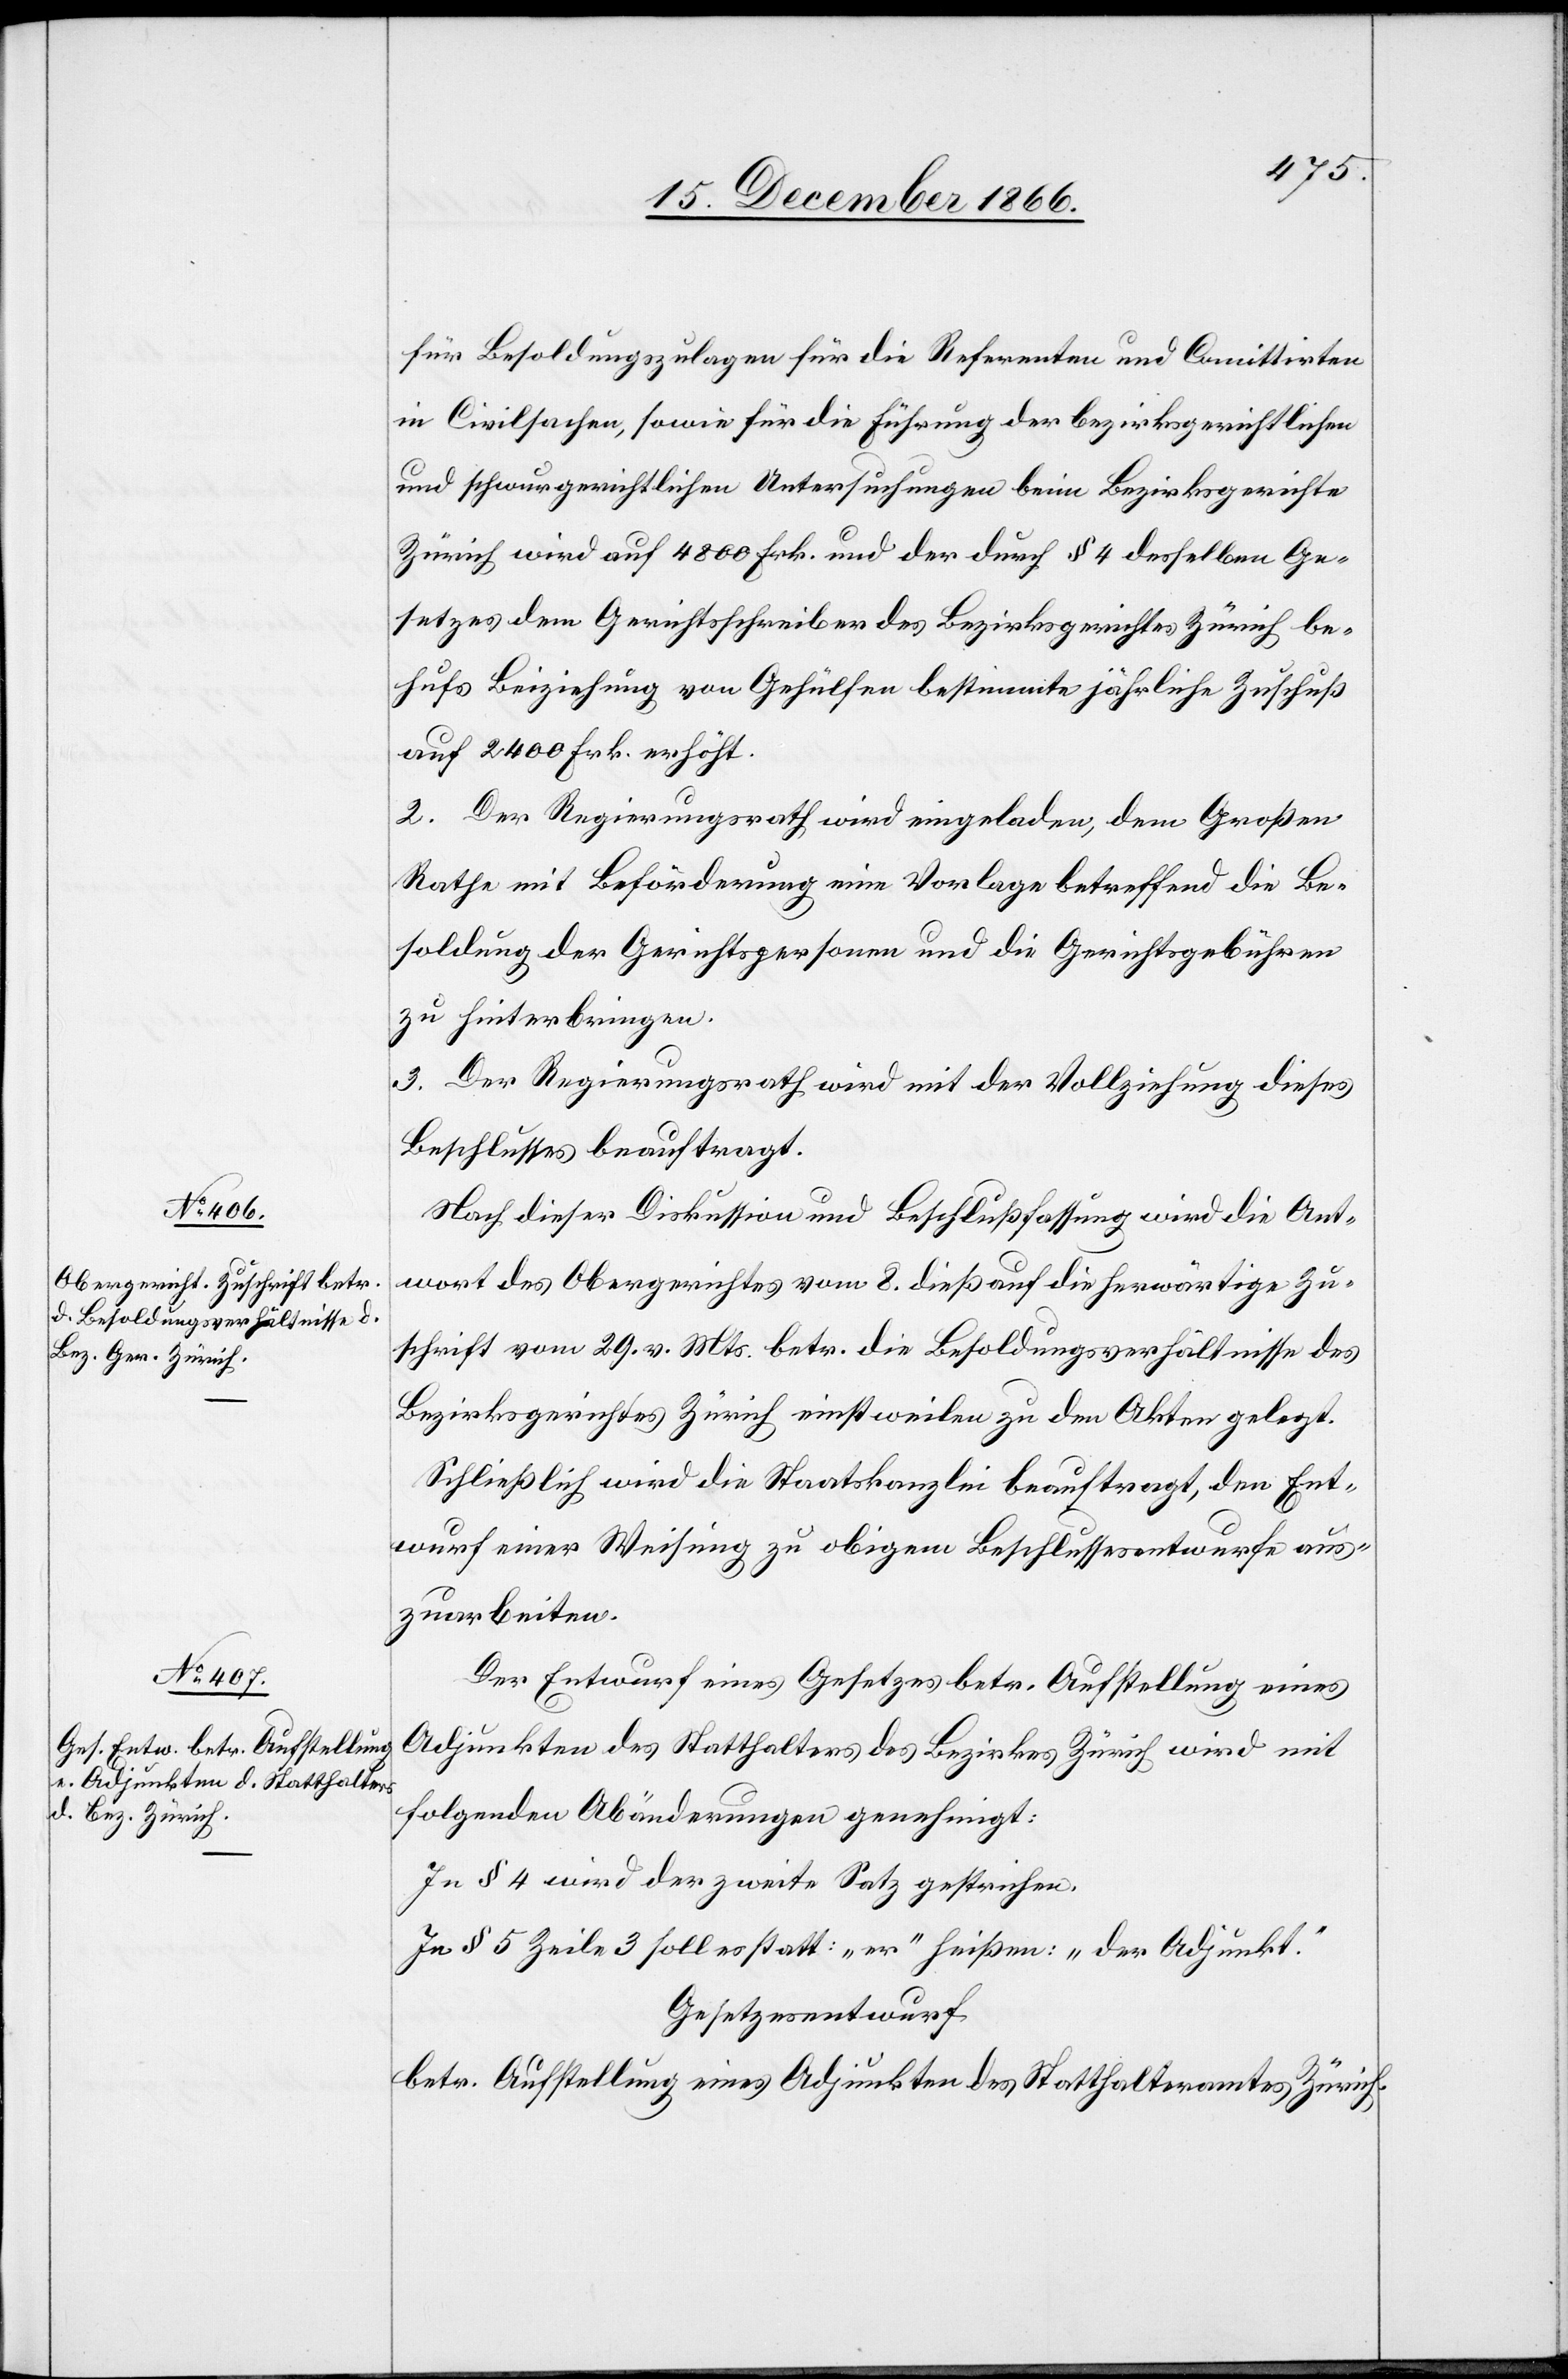
Nach dieser Diskussion und Beschlußfassung wird die Ant¬
wort des Obergerichtes vom 8. dieß auf die herwärtige Zu¬
schrift vom 29. v. Mts. betr. d. Besoldungsverhältnisse des
Bezirksgerichtes Zürich einstweilen zu den Akten gelegt.
Schließlich wird die Staatskanzlei beauftragt, den Ent¬
wurf einer Weisung zu obigem Beschlussesentwurfe aus¬
zuarbeiten.
Der Entwurf eines Gesetzes betr. Aufstellung eines
Adjunkten des Statthalters des Bezirkes Zürich wird mit
folgenden Abänderungen genehmigt:
In § 4 wird der zweite Satz gestrichen.
In § 5 Zeile 3 soll es statt: „er“ heißen: „der Adjunkt.“
Gesetzesentwurf
betr. Aufstellung eines Adjunkten des Statthalteramtes Zürich.